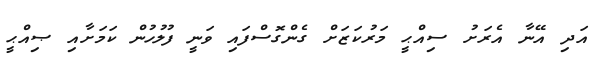
އަދި އޭނާ އެރަށު ސިއްޙީ މަރުކަޒަށް ގެންގޮސްފައި ވަނީ ފުލުހުން ކަމަށާއި ޞިއްޙީ